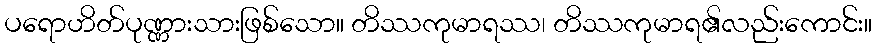
ပရောဟိတ်ပုဏ္ဏားသားဖြစ်သော။ တိဿကုမာရဿ၊ တိဿကုမာရ၏လည်းကောင်း။